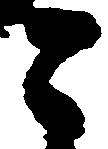
々